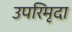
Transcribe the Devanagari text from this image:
उपरिमृदा